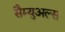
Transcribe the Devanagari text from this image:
सैम्युअल्स